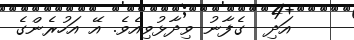
އަދި  ގެފާނު ވިދާޅުވިއެވެ. އޭ އަހުރެންގެ